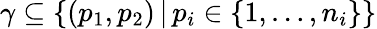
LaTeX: \gamma\subseteq\{ (p_{1},p_{2})\, |\, p_{i}\in\{ 1,\dots,n_{i}\} \}